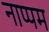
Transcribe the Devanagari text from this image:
नाप्पम